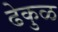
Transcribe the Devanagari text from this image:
ढेकुळ